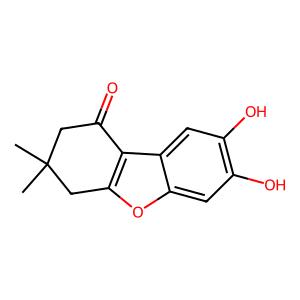
SMILES: CC1(C)CC(=O)c2c(oc3cc(O)c(O)cc23)C1
Inhibits HIV replication: No